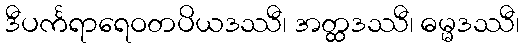
ဒီပင်္ကရာရေဝတပိယဒဿီ၊ အတ္ထဒဿီ၊ ဓမ္မဒဿီ၊